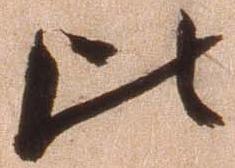
比